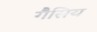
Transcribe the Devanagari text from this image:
गैसिय